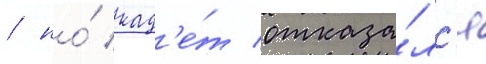
/ но́ кад'е́т отказа́лс'я